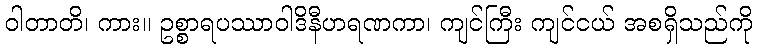
ဝါတာတိ၊ ကား။ ဥစ္စာရပဿာဝါဒိနီဟရဏကာ၊ ကျင်ကြီး ကျင်ငယ် အစရှိသည်ကို